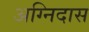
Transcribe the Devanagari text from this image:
अग्निदास